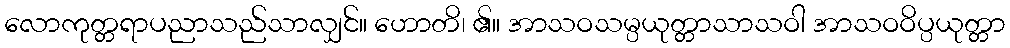
လောကုတ္တရာပညာသည်သာလျှင်။ ဟောတိ၊ ၏။ အာသဝသမ္ပယုတ္တာသာသဝါ အာသဝဝိပ္ပယုတ္တာ